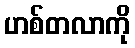
ဟစ်တလာကို